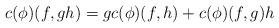
LaTeX: \begin{align*}c(\phi)(f, gh) = g c(\phi)(f, h) + c(\phi)(f, g)h\end{align*}